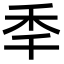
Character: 秊